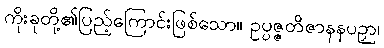
ကိုးခုတို့၏ပြည့်ကြောင်းဖြစ်သော။ ဥပ္ပဇ္ဇတိဇာနနပဉှာ၊